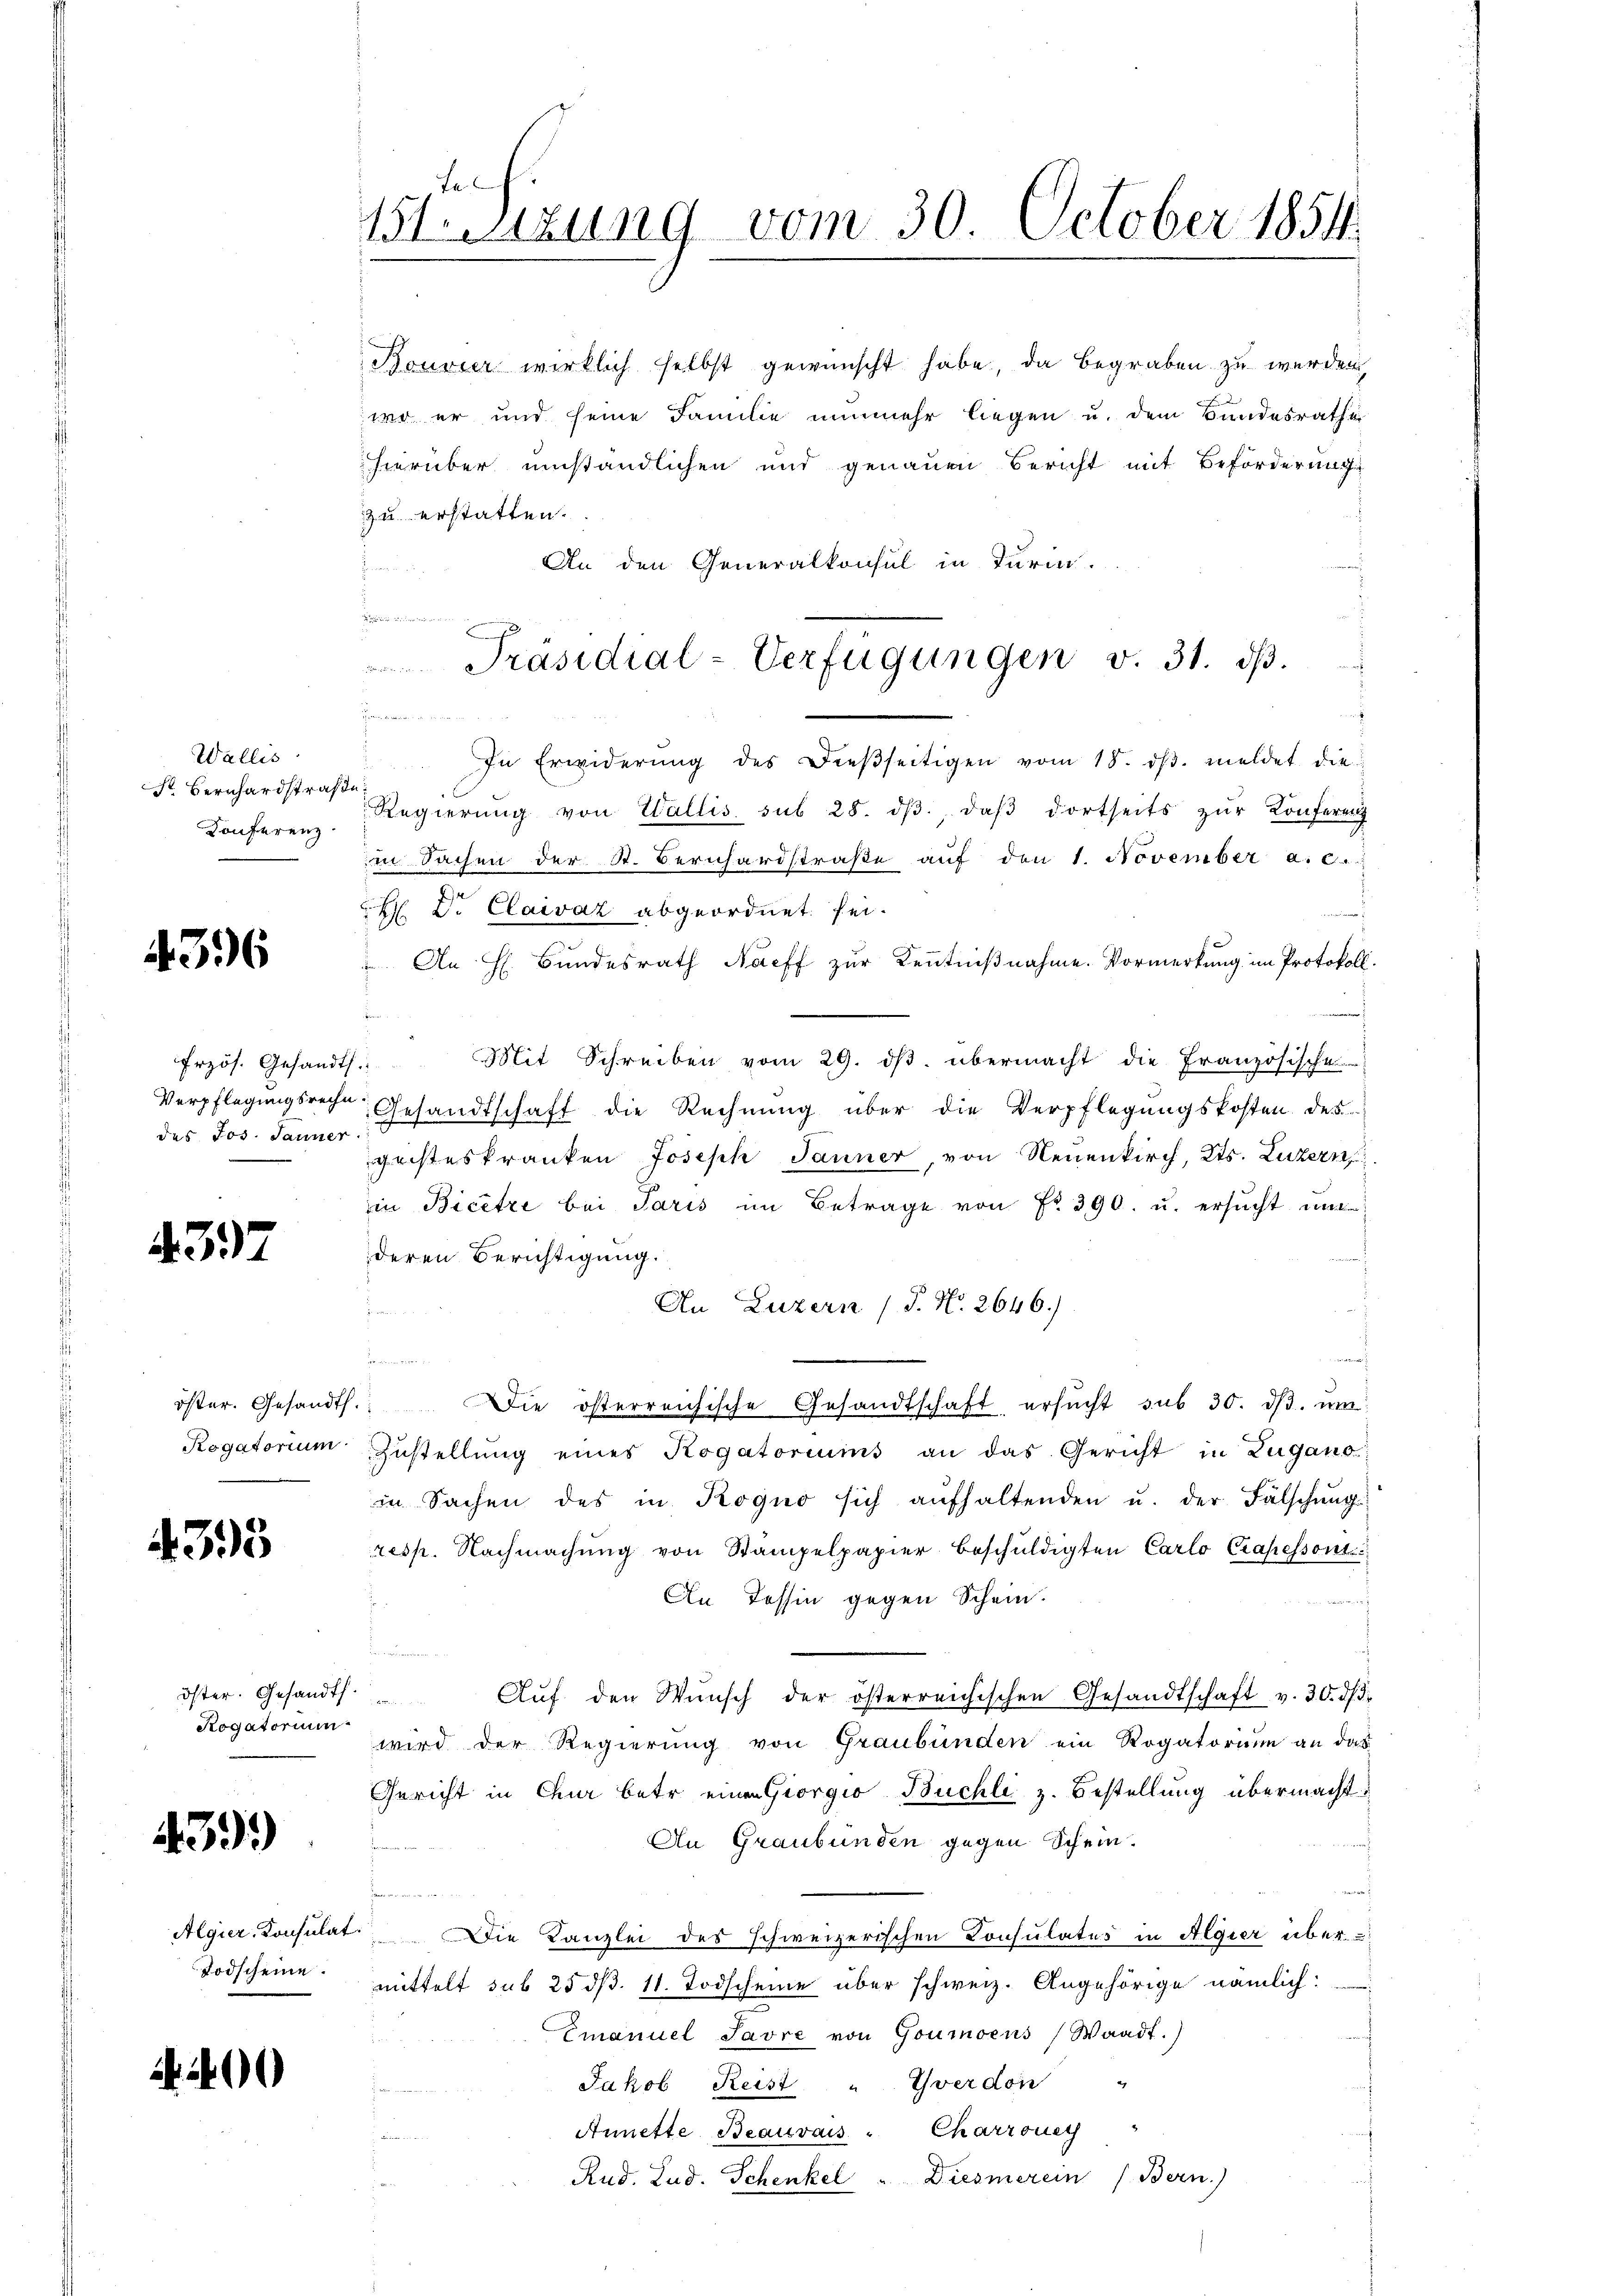
Wallis
Str. Bernhardstraße
Konferenz

436

Frzös. Gesandts
des Jos. Jauner

4397

4393

Rogatorium

439)

Todscheine.

4400

Mtstung vom 30. October 1854.

Bouvier wirklich selbst gewünscht habe, da begraben zu werden,
wo er und seine Familie nunmehr liegen u. dem Bundesrathe
hierüber umständlichen und genauen Bericht mit Beförderung
zu erstatten.
An den Generalkonsul in Turia.

n
henrechteten die aus der
In Erwiderŭng des Dieβseitigen vom 15. dβ. meldet die
Regierŭng von Wallis sub 28. dβ daβ dortseits zŭr Konferenz
in Sachen der St. Bernhardstraβe aŭf den 1. November a. c.
H Dr. Claivaz abgeordnet sei.
 An H. Bundesrath Nacff zur Kenntnißnahme. Vormerkung im Protokoll.
Mit Schreiben vom 29. dβ. übermacht die Französische
Verpflegungsreche Gesandtschaft die Rechnŭng über die Verpflegungskosten des
geisteskranken Joseph Janner, von Neuenkirch, Kts. Luzern,
in Bicetze bei Paris im Betrage von Fr. 390. u. ersucht und
deren Berichtigung.
An Luzern (S. Nr. 2646.)
nach
t
öster. Gesandt. Die österreichische Gesandtschaft, ersŭcht sub 30. dβ. ŭm
Rogatorium Zustellŭng eines Rogatoriums an das Gericht in Zugano
in Sachen des in Kogno sich aufhaltenden u. der Fälschung
resp. Nachmachŭng von Stampelpapier beschŭldigten Carlo Crapessoni
An Tessin gegen Schein.
h
öster. Gesandt. Aŭf den Wŭnsch der österreichischen Gesandtschaft v. 30. dβ
wird der Regierung von Graubünden ein Rogatorium an das
Gericht in Chur betr. einen Giorgio Buchli z. Bestellung übermacht.
An Graubünden gegen Schein.
e
Algier, Konsulat. Die Kanzlei des schweizerischen Consulates in Algier über
mittelt sub 25 d. 11. Todscheine über schweiz. Angehörige nämlich:
Emanuel Savre von Goumoens (Waadt.)
Jakob Reist " Yverdon
Charroney
Annette Beauvais
Rud. Lud. Schenkel " Diesmerein (Bern.)

Präsidial-Verfügungen v. 31. dβ.